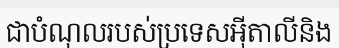
ជាបំណុលរបស់ប្រទេសអ៊ីតាលីនិង